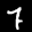
Label: 7